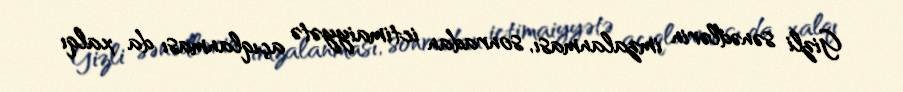
Gizli sənədlərin imzalanması, sonradan ictimaiyyətə açıqlanması da xalqı